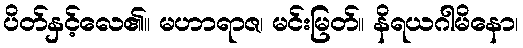
ပိတ်နှင့်လေ၏။ မဟာရာဇ၊ မင်းမြတ်။ နိရယဂါမိနော၊